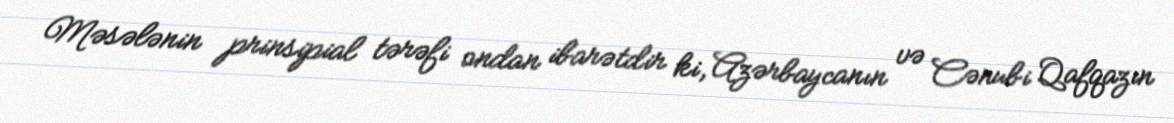
Məsələnin prinsipial tərəfi ondan ibarətdir ki, Azərbaycanın və Cənubi Qafqazın